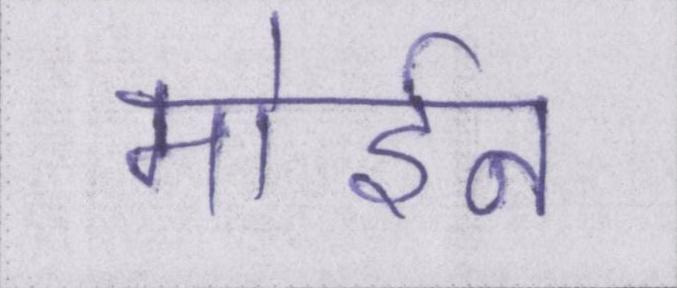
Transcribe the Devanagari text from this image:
मोईन